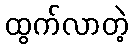
ထွက်လာတဲ့